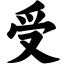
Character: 受